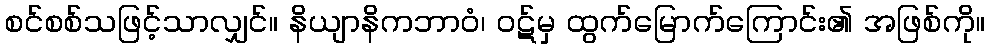
စင်စစ်သဖြင့်သာလျှင်။ နိယျာနိကဘာဝံ၊ ဝဋ်မှ ထွက်မြောက်ကြောင်း၏ အဖြစ်ကို။